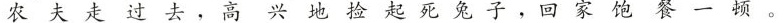
农夫走过去，高兴地捡起死免子，回家饱餐一顿。